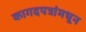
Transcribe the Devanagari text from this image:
कागदपत्रांमधून